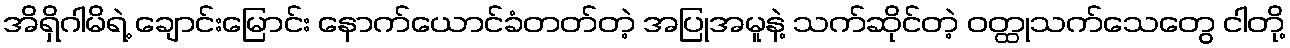
အိရှိဂါမိရဲ့ ချောင်းမြောင်း နောက်ယောင်ခံတတ်တဲ့ အပြုအမူနဲ့ သက်ဆိုင်တဲ့ ဝတ္ထုသက်သေတွေ ငါတို့